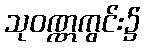
သုဝဏ္ဏကွင်း၌